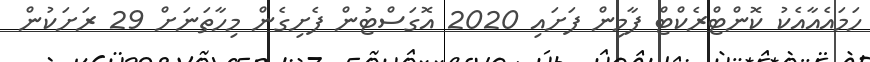
ހަމައެއާއެކު ކޮންޓްރެކްޓް ފާމިން ފަށައި 2020 އޮގަސްޓުން ފެށިގެން މިހާތަނަށް 29 ރަށަކުން